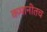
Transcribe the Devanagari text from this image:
कमानीतच